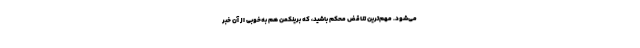
می‌شود. مهم‌ترین تناقض محکم باشید، که برینکمن هم به‌خوبی از آن خبر